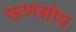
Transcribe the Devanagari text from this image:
फणसोप